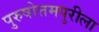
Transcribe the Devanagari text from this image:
पुरुषोत्तमपुरीला